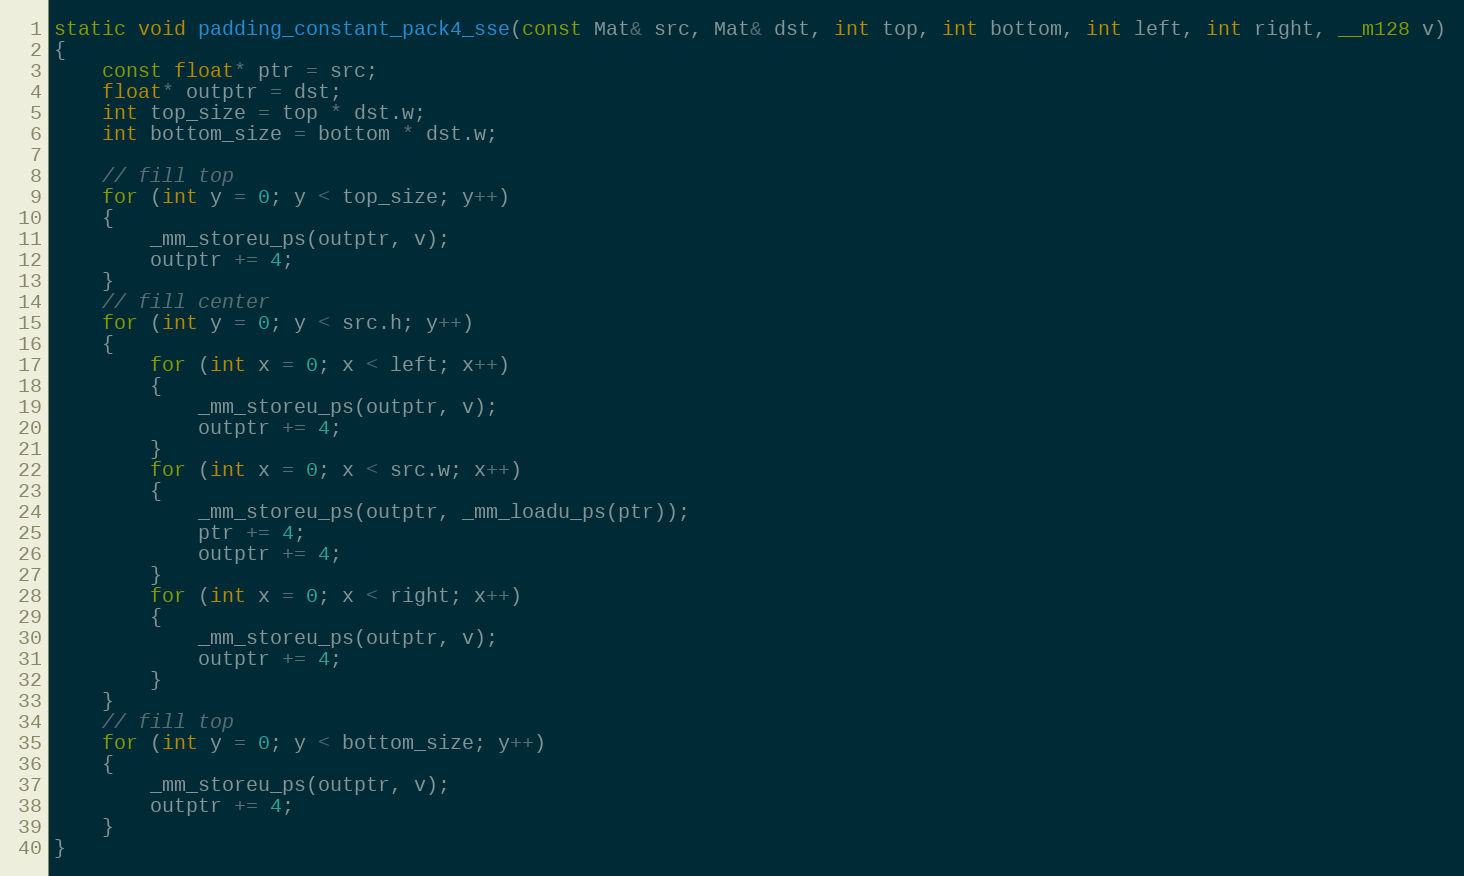
Language: C
static void padding_constant_pack4_sse(const Mat& src, Mat& dst, int top, int bottom, int left, int right, __m128 v)
{
    const float* ptr = src;
    float* outptr = dst;
    int top_size = top * dst.w;
    int bottom_size = bottom * dst.w;

    // fill top
    for (int y = 0; y < top_size; y++)
    {
        _mm_storeu_ps(outptr, v);
        outptr += 4;
    }
    // fill center
    for (int y = 0; y < src.h; y++)
    {
        for (int x = 0; x < left; x++)
        {
            _mm_storeu_ps(outptr, v);
            outptr += 4;
        }
        for (int x = 0; x < src.w; x++)
        {
            _mm_storeu_ps(outptr, _mm_loadu_ps(ptr));
            ptr += 4;
            outptr += 4;
        }
        for (int x = 0; x < right; x++)
        {
            _mm_storeu_ps(outptr, v);
            outptr += 4;
        }
    }
    // fill top
    for (int y = 0; y < bottom_size; y++)
    {
        _mm_storeu_ps(outptr, v);
        outptr += 4;
    }
}